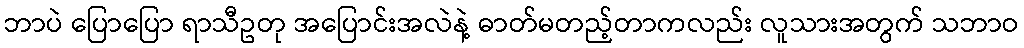
ဘာပဲ ပြောပြော ရာသီဥတု အပြောင်းအလဲနဲ့ ဓာတ်မတည့်တာကလည်း လူသားအတွက် သဘာဝ